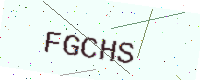
Text: FGCHS